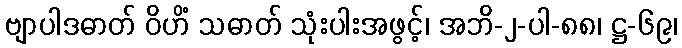
ဗျာပါဒဓာတ် ဝိဟိံ သဓာတ် သုံးပါးအဖွင့်၊ အဘိ-၂-ပါ-၈၈၊ ဋ္ဌ-၆၉၊